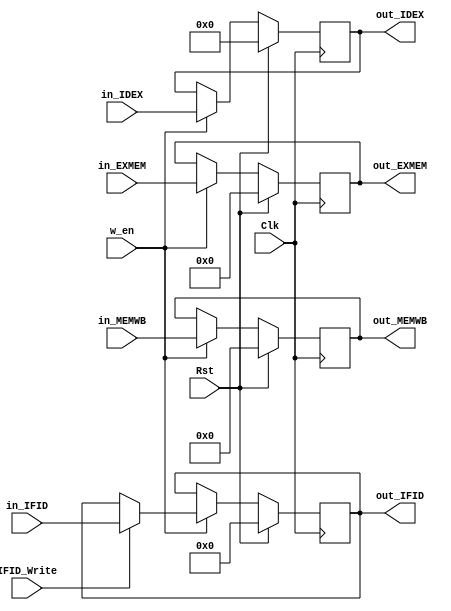
`timescale 1ns / 1ps
//////////////////////////////////////////////////////////////////////////////////
// Company: University of Arizona
// 
// Implemented in ECE369
//////////////////////////////////////////////////////////////////////////////////


module PipelinedRegisters(Clk, Rst, w_en, IFID_Write, in_IFID, in_IDEX, in_EXMEM, in_MEMWB,
    out_IFID, out_IDEX, out_EXMEM, out_MEMWB);
    
    input Clk, Rst, w_en;
    
    input IFID_Write;
    input[63:0] in_IFID;
    output reg[63:0] out_IFID;
    
    input[159:0] in_IDEX;
    output reg[159:0] out_IDEX;
    
    input[108:0] in_EXMEM;
    output reg[108:0] out_EXMEM;
    
    input[70:0] in_MEMWB;
    output reg[70:0] out_MEMWB;
    
    initial begin
        out_IFID <= 64'b0;
        out_IDEX <= 160'b0;
        out_EXMEM <= 109'b0;
        out_MEMWB <= 71'b0;
    end
    
    always @(posedge Clk) begin
        if(Rst == 1'b1) begin
            out_IFID <= 0;
            out_IDEX <= 0;
            out_EXMEM <= 0;
            out_MEMWB <= 0;
        end
        else begin
            if(w_en) begin
                if(IFID_Write) begin
                    out_IFID <= in_IFID;
                end
                out_IDEX <= in_IDEX;
                out_EXMEM <= in_EXMEM;
                out_MEMWB <= in_MEMWB;
            end
        end
    end
    
endmodule